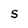
Character: S